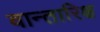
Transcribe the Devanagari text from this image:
वान्तारिक्ष